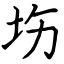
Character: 㘯